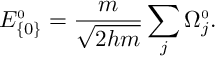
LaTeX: E _ { \{ 0 \} } ^ { \scriptscriptstyle 0 } = \frac { m } { \sqrt { 2 h m } } \sum _ { j } \Omega _ { j } ^ { \scriptscriptstyle 0 } .